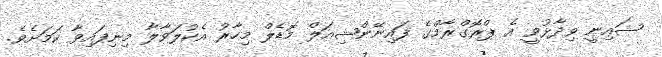
ޝައިނީ ވިދާޅުވީ އެ ޕްރޮގްރާމްގެ ފައިނޭންޝިއަލް މޮޑެލް މިހާރު އެކުލަވާލާ މިނިފައިވާ ކަމަށެވެ.